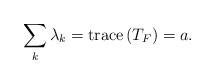
LaTeX: \begin{align*}\sum_{k}\lambda_{k}=\mbox{trace}\left(T_{F}\right)=a.\end{align*}